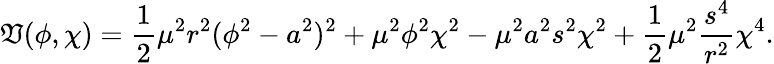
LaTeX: \mathfrak{V}(\phi,\chi)=\frac{{1}}{{2}}\mu^{2}r^{2}(\phi^{2}-a^{2})^{2}+\mu^{2}\phi^{2}\chi^{2}-\mu^{2}a^{2}s^{2}\chi^{2}+\frac{{1}}{{2}}\mu^{2}\frac{{s^{4}}}{{r^{2}}}\chi^{4}.